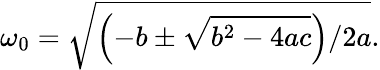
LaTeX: \omega_{0}=\sqrt{\left(-b\pm\sqrt{b^{2}-4ac}\right)/2a}.